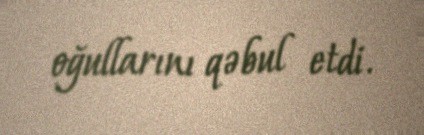
oğullarını qəbul etdi.